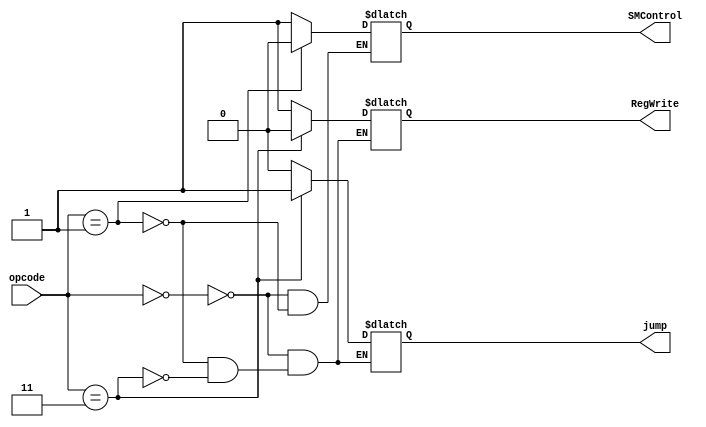
`timescale 1ns / 1ps
//////////////////////////////////////////////////////////////////////////////////
// Company: 
// Engineer: 
// 
// Design Name: 
// Module Name:    Control_Unit 
// Project Name: 
// Target Devices: 
// Tool versions: 
// Description: 
//
// Dependencies: 
//
// Revision: 
// Revision 0.01 - File Created
// Additional Comments: 
//
//////////////////////////////////////////////////////////////////////////////////
module Control_Unit(
	input [1:0] opcode,
	output reg RegWrite,
	output reg jump,
	output reg SMControl
    );

	always@(opcode)
	begin
	case(opcode)
	2'b00: begin
			 SMControl=1;//Mov
			 jump=0;
			 RegWrite=1;
			 end
	2'b01: begin
			 SMControl=0;//sll
			 jump=0;
			 RegWrite=1;
			 end
	2'b11: begin
			 jump=1;
			 RegWrite=0;
			 end
	endcase
	end
endmodule